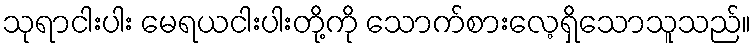
သုရာငါးပါး မေရယငါးပါးတို့ကို သောက်စားလေ့ရှိသောသူသည်။